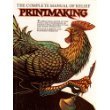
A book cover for Relief Printmaking; Katie Clemson; Arts & Photography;